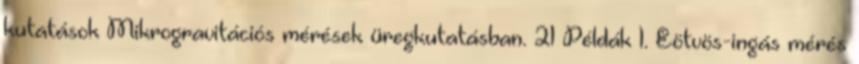
kutatások Mikrogravitációs mérések üregkutatásban. 21 Példák 1. Eötvös-ingás mérés